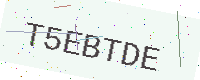
Text: T5EBTDE